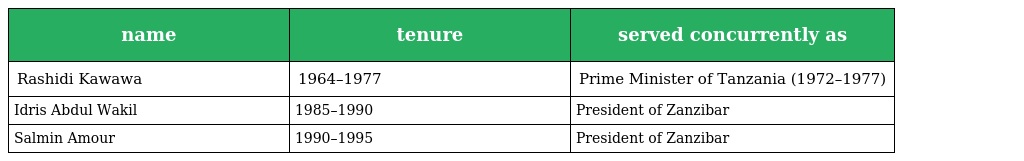
| name | tenure | served concurrently as |
 | --- | --- | --- |
 | Rashidi Kawawa | 1964–1977 | Prime Minister of Tanzania (1972–1977) |
 | Idris Abdul Wakil | 1985–1990 | President of Zanzibar |
 | Salmin Amour | 1990–1995 | President of Zanzibar |